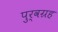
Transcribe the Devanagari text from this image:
पुर्वग्रह